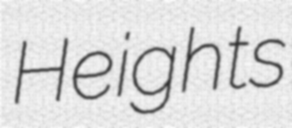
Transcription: Heights